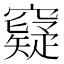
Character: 𥨯